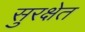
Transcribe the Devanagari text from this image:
सुरक्षेत